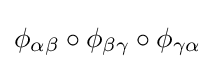
\phi _{\alpha \beta }\circ \phi _{\beta \gamma }\circ \phi _{\gamma \alpha }